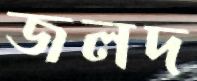
জলদ